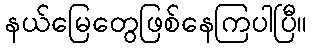
နယ်မြေတွေဖြစ်နေကြပါပြီ။